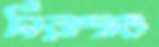
নিরাশাও